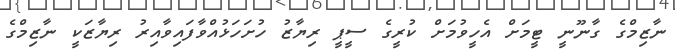
ނާޒިމްގެ ގާނޫނީ ޓީމަށް އެހީވުމަށް ކުރީގެ ސީޕީ ރިޔާޒު ހުށަހަޅުއްވާފައިވާއިރު ރިޔާޒަކީ ނާޒިމްގެ